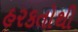
હરકતોથી